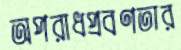
অপরাধপ্রবণতার